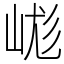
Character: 㟌